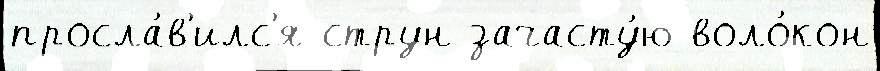
просла́в'илс'я струн зачасту́ю воло́кон